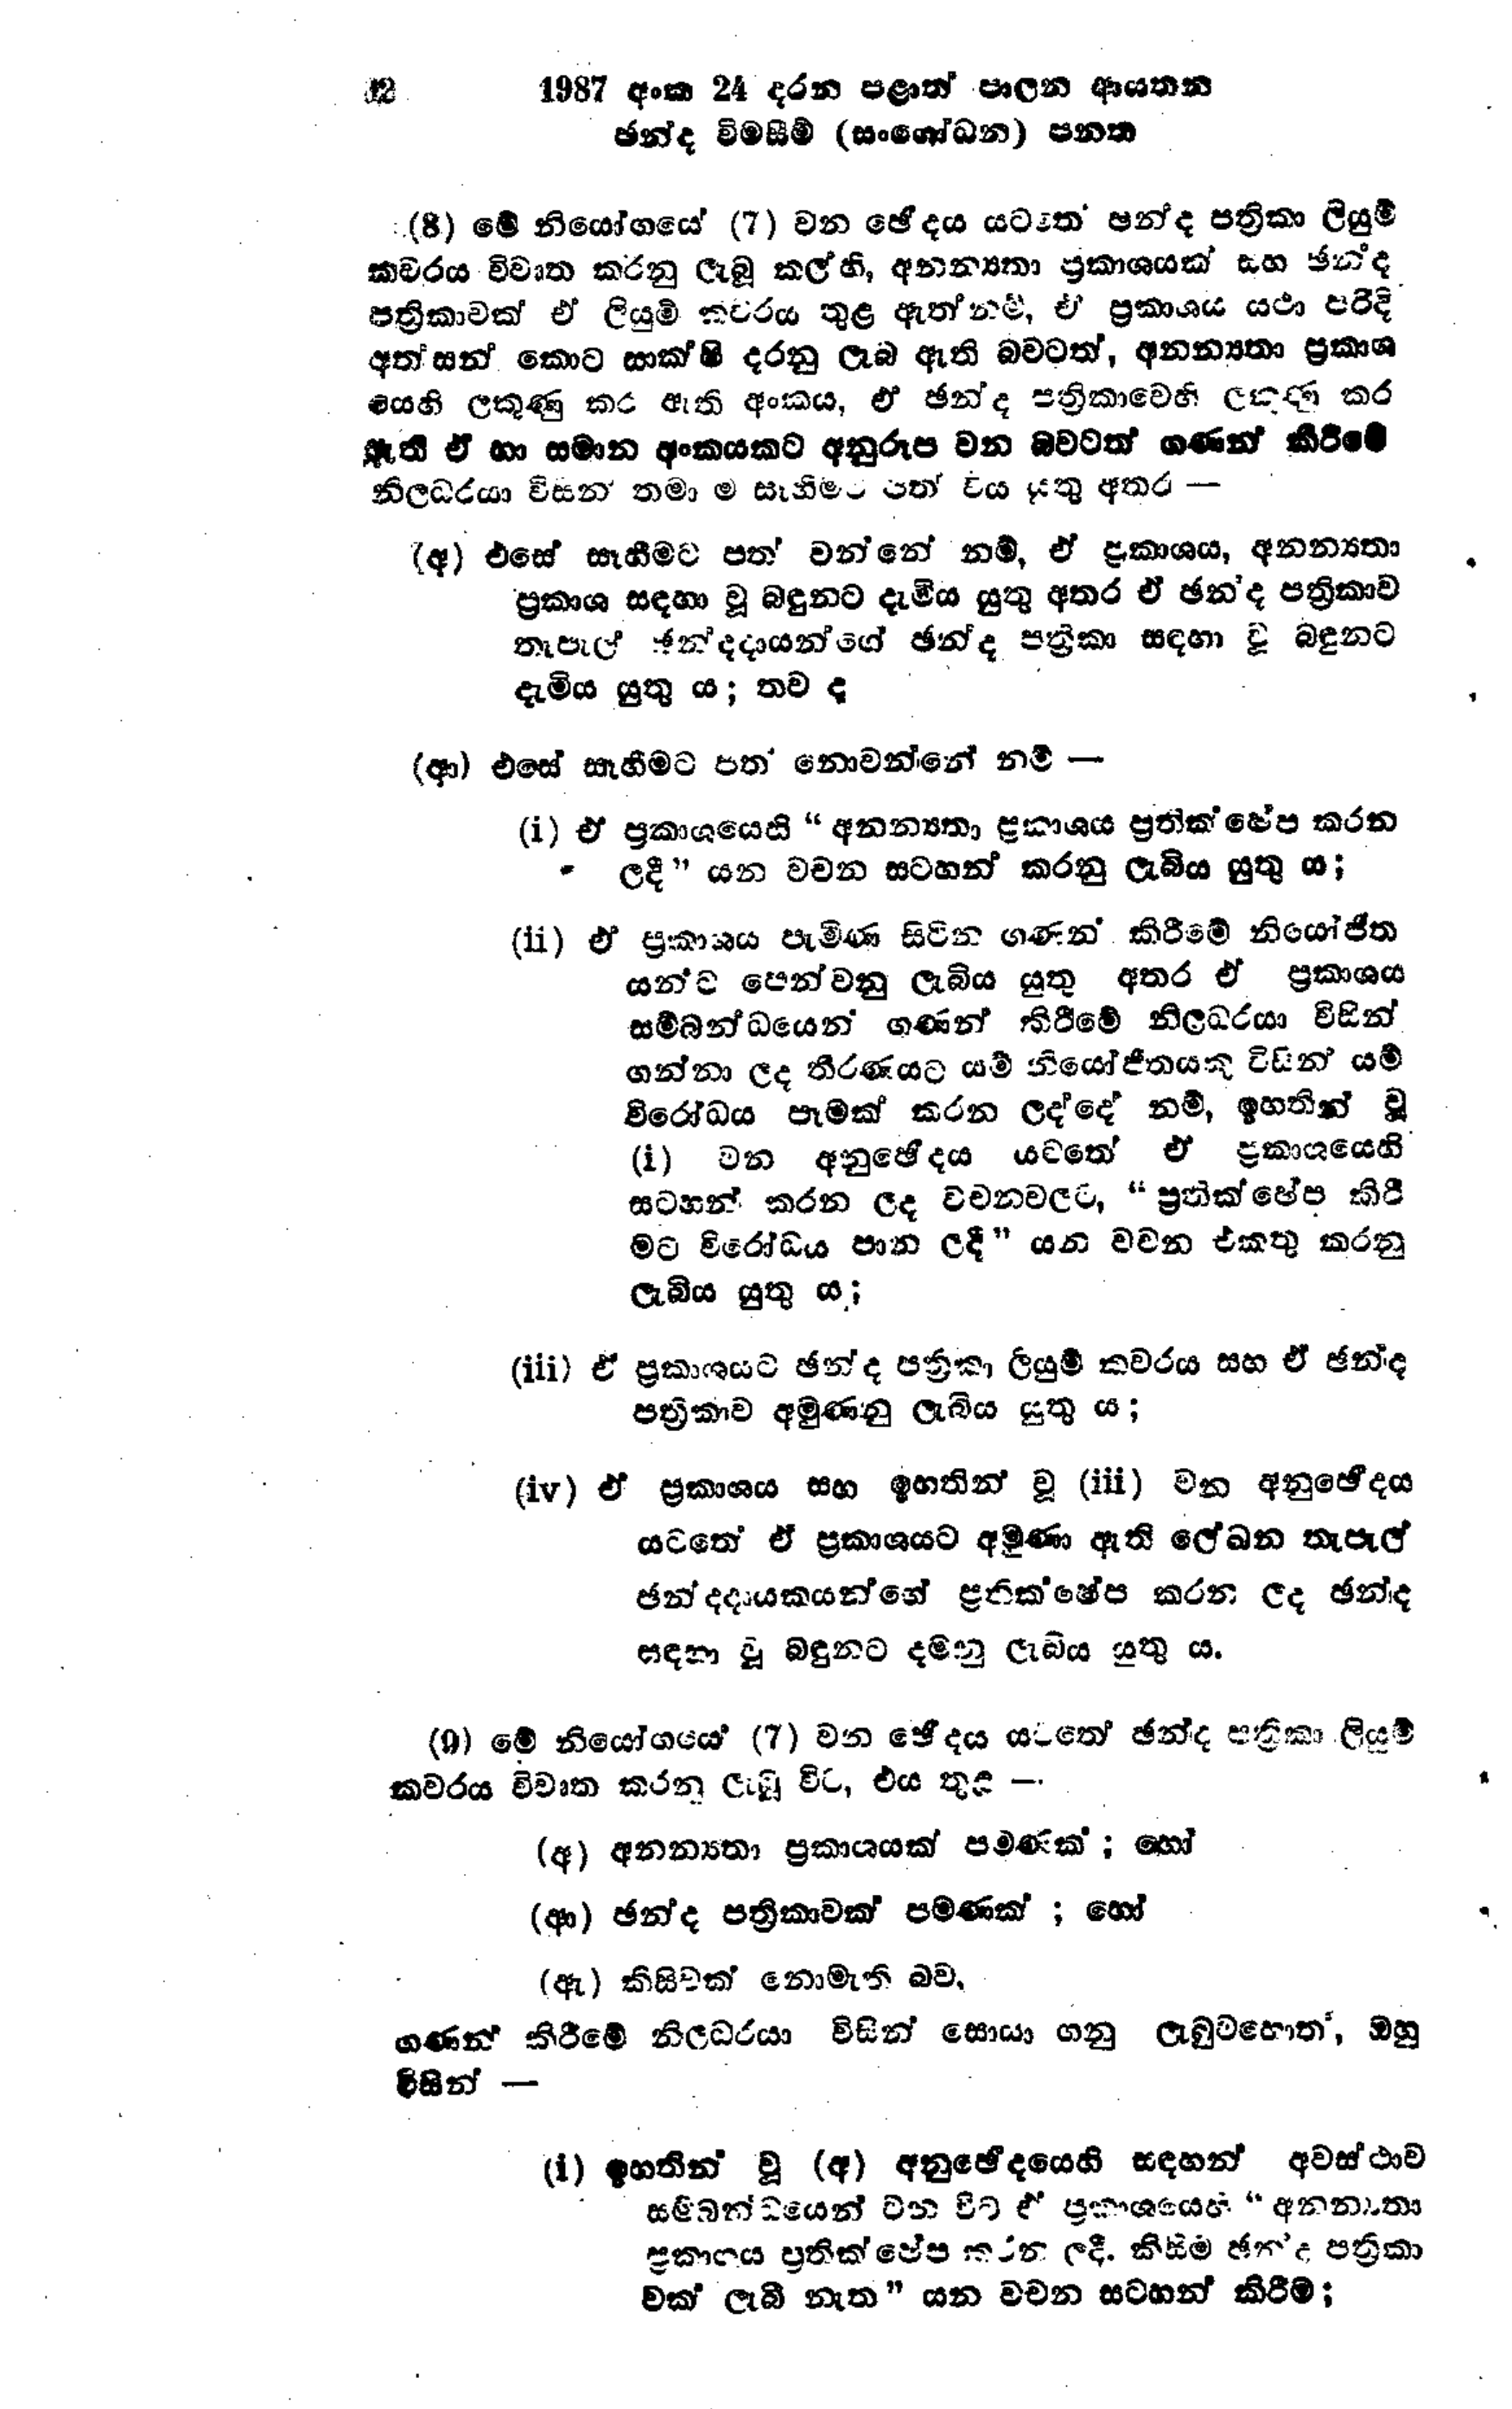
32  1987 අංක 24 දරන පළාත් පාලන ආයතන
ඡන්ද විමසීම් (සංශෝධන) පනත

(8) මේ නියෝගයේ (7) වන ඡේදය යටතේ අද පත්‍රිකා ලියුම්
කවරය විවෘත කරනු ලැබූ කල්හි, අනන්‍යතා ප්‍රකාශයක් සහ ඡන්ද
පත්‍රිකාවක් ඒ ලියුම් කවරය තුළ ඇත්නම්, ඒ ප්‍රකාශය යථා පරිදි
අත්සන් කොට සාක්ෂි දරනු ලැබ ඇති බවටත්, අනන්‍යතා ප්‍රකාශ
යෙහි ලකුණු කර ඇති අංකය, ඒ ඡන්ද පත්‍රිකාවෙහි ලකුණු කර
ඇති ඒ හා සමාන අංකයකට අනුරූප වන බවටත් ගණන් කිරීමේ
නිලධරයා විසින් තමාම සැහීමට පත් විය යුතු අතර -

(අ) එසේ සෑහීමට පත් වන්නේ නම්, ඒ ප්‍රකාශය, අනන්‍යතා
ප්‍රකාශ සඳහා වූ බඳුනට දැමිය යුතු අතර ඒ ඡන්ද පත්‍රිකාව
තැපැල් ඡන්දදායන්ගේ ඡන්ද පත්‍රිකා සඳහා වූ බඳුනට
දැමිය යුතු ය; තව ද

(ආ) එසේ සෑහීමට පත‍් නොවන්නේ නම්-

(i) ඒ ප්‍රකාශයෙහි " අනන්‍යතා ප්‍රකාශය ප්‍රතික්ෂේප කරන
ලදී." යන වචන සටහන් කරනු ලැබිය යුතු ය;

(ii) ඒ ප්‍රකාශය පැමිණ සිටින ගණන් කිරීමේ නියෝජිත
යන්ට පෙන්වනු ලැබිය යුතු අතර ඒ ප්‍රකාශය
සම්බන්ධයෙන් ගණන් කිරීමේ නිලධරයා විසින්
ගන්නා ලද තීරණයට යම් නියෝජිතයකු විසින් යම්
විරෝධය පෑමක් කරන ලද්දේ නම්, ඉහතින් වූ
(i) වන අනුඡේදය යටතේ ඒ ඒ ප්‍රකාශයෙහි
සටහන් කරන ලද වචන වලට, " ප්‍රතික්ෂේප කිරී
මට විරෝධය පාන ලදී " යන වචන එකතු කරනු
ලැබිය යුතු ය;

(iii) ඒ ප්‍රකාශයට ඡන්ද පත්‍රිකා ලියුම් කවරය සහ ඒ ඡන්ද
පත්‍රිකාව අමුණනු ලැබිය යුතු ය;

(iv) ඒ ප්‍රකාශය සහ ඉහතින් වූ (iii) වන අනුඡේදය
යටතේ ඒ ප්‍රකාශයට අමුණා ඇති ලේඛන තැපැල්
ඡන්දදායකයන්ගේ ප්‍රතික්ෂේප කරන ලද ඡන්ද
සඳහා වූ බඳුනට දමනු ලැබිය යුතු ය.

(9) මේ නියෝගයේ (7) වන ඡේදය යටතේ ඡන්ද පත්‍රිකා ලියුම්
කවරය විවෘත කරනු ලැබූ විට, එය තුළ -

(අ) අනන්‍යතා ප්‍රකාශයක් පමණක්; හෝ

(ආ) ඡන්ද පත්‍රිකාවක් පමණක්; හෝ

(ඇ) කිසිවක් නොමැති බව,

ගණන් කිරීමේ නිලධරයා විසින් සොයා ගනු ලැබුවහොත‍්, ඔහු
විසින්-

(i) ඉහතින් වූ (අ) අනුච්ඡේදයෙහි සඳහන් අවස්ථාව
සම්බන්ධයෙන් වන විට ඒ ප්‍රකාශයෙහි "අනනාතා
ප්‍රකාශය ප්‍රතික්ෂේප කරන ලදී. කිසිම ඡන්ද පත්‍රිකා
වක් ලැබී නැත" යන වචන සටහන් කිරීම;